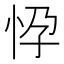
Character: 𢘩